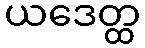
ယဒေတ္ထ